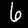
Label: 6